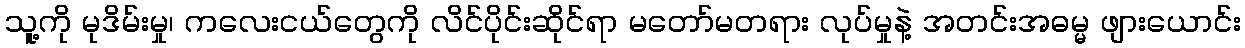
သူ့ကို မုဒိမ်းမှု၊ ကလေးငယ်တွေကို လိင်ပိုင်းဆိုင်ရာ မတော်မတရား လုပ်မှုနဲ့ အတင်းအဓမ္မ ဖျားယောင်း